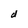
Character: d